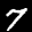
Label: 7